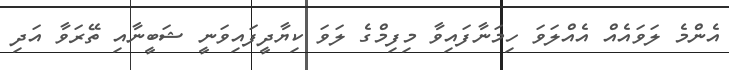
އެންމެ ލަވައެއް އެއްލަވަ ހިމަނާފައިވާ މިފިމްގެ ލަވަ ކިޔާދީފައިވަނީ ޝަބީނާއި ތޭރަވާ އަދި